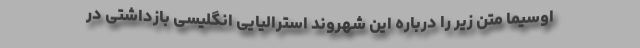
اوسیما متن زیر را درباره این شهروند استرالیایی انگلیسی بازداشتی در